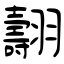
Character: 翿